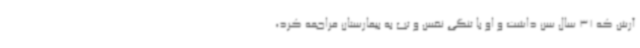
آرش که 31 سال سن داشت و او با تنگی نفس و تب به بیمارستان مراجعه کرد،